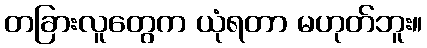
တခြားလူတွေက ယုံရတာ မဟုတ်ဘူး။